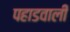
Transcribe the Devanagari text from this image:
पहाडवाली